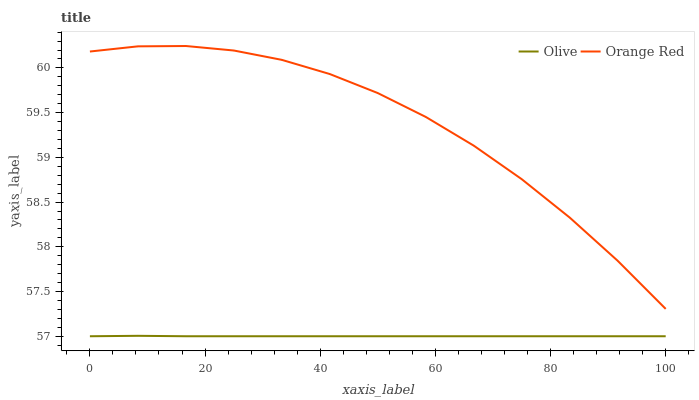
| xaxis_label | Olive | Orange Red |
 | --- | --- | --- |
 | 0 | 57 | 60.2 |
 | 8.33 | 57 | 60.2 |
 | 16.7 | 57 | 60.2 |
 | 25 | 57 | 60.2 |
 | 33.3 | 57 | 60.1 |
 | 41.7 | 57 | 59.9 |
 | 50 | 57 | 59.7 |
 | 58.3 | 57 | 59.5 |
 | 66.7 | 57 | 59.1 |
 | 75 | 57 | 58.8 |
 | 83.3 | 57 | 58.3 |
 | 91.7 | 57 | 57.8 |
 | 100 | 57 | 57.3 |